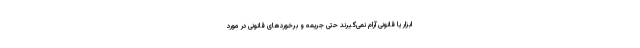
ابزار یا قانونی آرام نمی‌گیرند حتی جریمه و برخوردهای قانونی در مورد